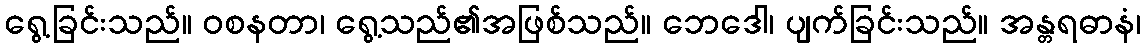
ရွေ့ခြင်းသည်။ ဝစနတာ၊ ရွေ့သည်၏အဖြစ်သည်။ ဘေဒေါ၊ ပျက်ခြင်းသည်။ အန္တရဓာနံ၊